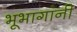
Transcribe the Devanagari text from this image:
भूभागांनी